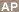
AP